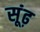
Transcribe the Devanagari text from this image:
सूंढ़